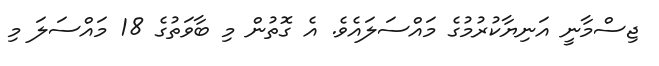
ޖިސްމާނީ އަނިޔާކުރުމުގެ މައްސަލައެވެ. އެ ގޮތުން މި ބާވަތުގެ 18 މައްސަލަ މި